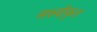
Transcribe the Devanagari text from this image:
लक्ष्यीकृत